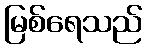
မြစ်ရေသည်